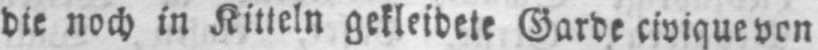
die noch in Kitteln gekleidete Garde civique von